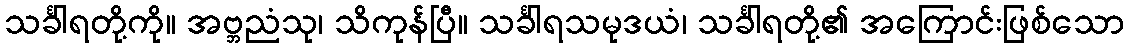
သင်္ခါရတို့ကို။ အဗ္ဘညံသု၊ သိကုန်ပြီ။ သင်္ခါရသမုဒယံ၊ သင်္ခါရတို့၏ အကြောင်းဖြစ်သော